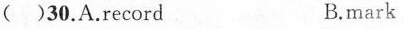
( )30. A.record B.mark